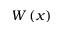
W \left( x \right)